Lunatic asylums Bombay report 1878-1890 - 1878-1890
Year: 1878
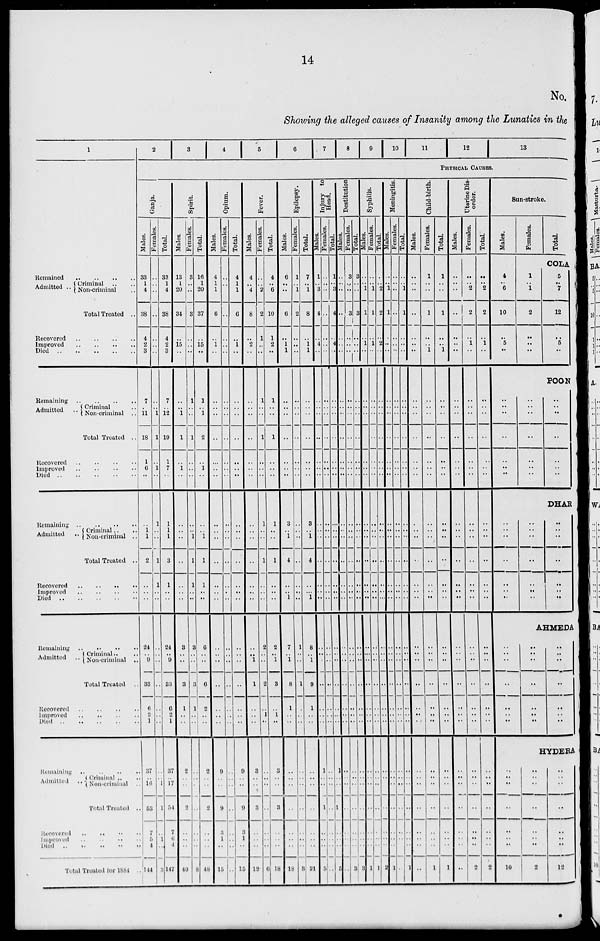
14
No.
Showing the alleged causes of Insanity among the Lunatics in the
1
Remained
..
..
..
..
Admitted .. Criminal .. ..
Non-criminal ..
Total Treated ..
Recovered
..
..
..
..
Improved .. .. .. ..
Died
..
..
..
..
..
Remaining
..
..
..
..
Admitted ..
Criminal ..
Non-criminal ..
Total Treated ..
Recovered
..
..
..
..
Improved .. .. .. ..
Died
..
..
..
..
..
Remaining .. .. .. ..
Admitted ..
Criminal .. ..
Non-criminal ..
Total Treated ..
Recovered .. .. .. ..
Improved
..
..
..
..
Died .. .. .. .. ..
Remaining
..
..
..
Admitted ..
Criminal .. ..
Non-criminal ..
Total Treated ..
Recovered .. .. .. ..
Improved .. .. .. ..
Died .. .. .. .. ..
Remaining .. .. .. ..
Admitted ..
Criminal .. ..
Non-criminal ..
Total Treated ..
Recovered .. .. .. ..
Improved .. .. .. ..
Died
..
..
..
..
..
Total Treated for 1884 ..
2
3
4
5
6
7
8
9
10
11
12
13
PHYSICAL CAUSES.
Ganja.
Males.
33
1
4
38
4
2
3
7
..
11
18
1
6
..
..
1 1
2
..
..
..
24
.. 9
33
6
2
1
37
.. 16
53
7
5
4
144
Females.
..
..
..
..
..
..
..
..
..
1
1
.. 1
..
1
..
..
1
1
..
..
..
..
..
..
..
..
..
..
.. 1
1
..
1
..
3
Total.
33
1
4
38
4
2
3
7
..
12
19
1
7
..
1
1
1
3
1
..
..
24
..
9
33
6
2
1
37
.. 17
54
7
6
4
147
Spirit.
Males.
13
1
20
34
..
15
..
..
..
1
1
..
1
..
..
..
..
..
..
..
..
3
..
..
3
1
..
..
2
..
..
2
..
..
..
40
Females.
3
..
..
3
..
..
..
1
..
..
1
..
..
..
..
..
1
1
1
..
..
3
..
..
3
1
..
..
..
..
..
..
..
..
..
8
Total.
16
1
20
37
..
15
..
1
..
1
2
..
1
..
..
..
1
1
1
..
..
6
..
..
6
2
..
..
2
..
..
2
..
..
..
48
Opium.
Males.
4
1
1
6
..
1
..
..
..
..
..
..
..
..
..
..
..
..
..
..
..
..
..
..
..
..
..
9
..
..
9
3
1
..
15
Females.
..
..
..
..
..
..
..
..
..
..
..
..
..
..
..
..
..
..
..
..
..
..
..
..
..
..
..
..
..
..
..
..
..
..
..
..
Total.
4
1
1
6
..
1
..
..
..
..
..
..
..
..
..
..
..
..
..
..
..
..
..
..
..
..
..
..
9
..
..
9
..
1
..
15
Fever.
Males.
4
..
4
8
..
2
..
..
..
..
..
..
..
..
..
..
..
..
..
..
..
..
..
1
1
..
..
..
3
..
..
3
..
..
..
12
Females.
..
..
2
2
1
..
..
1
..
..
1
..
..
..
1
..
..
1
..
..
..
2
.. ..
2
..
1
..
..
..
..
..
..
..
..
6
Total.
4
..
6
10
1
2
..
1
..
..
1
..
..
..
1
..
..
1
..
..
..
2
..
1
3
..
1
..
3
..
..
3
..
..
..
18
Epilepsy.
Males.
6
..
..
6
..
1
1
..
..
..
..
..
..
..
3
.. 1
4
..
..
1
7
..
1
8
1
..
..
..
..
..
..
..
..
..
18
Females.
1
..
1
2
..
..
..
..
..
..
..
..
..
..
..
..
..
..
..
..
..
1
.. ..
1
..
..
..
..
..
..
..
..
..
..
3
Total.
7
..
1
8
..
1
..
..
..
..
..
..
..
..
3
.. 1
4
..
..
1
8
..
1
9
1
..
..
..
..
..
..
..
..
..
21
Injury to
Head.
Males.
1
..
3
4
..
4
..
..
..
..
..
..
..
..
..
..
..
..
..
..
..
..
..
..
..
..
..
..
1
..
..
1
..
..
..
5
Females.
..
..
..
..
..
..
..
..
..
..
..
..
..
..
..
..
..
..
..
..
..
..
..
..
..
..
..
..
..
..
..
..
..
..
..
..
Total.
1
..
3
4
..
4
..
..
..
..
..
..
..
..
..
..
..
..
..
..
..
..
..
..
..
..
..
..
1
..
..
1
..
..
..
5
Destitution.
Males.
..
..
..
..
..
..
..
..
..
..
..
..
..
..
..
..
..
..
..
..
..
..
..
..
..
..
..
..
..
..
..
..
..
..
..
..
Females.
3
..
..
3
..
..
..
..
..
..
..
..
..
..
..
..
..
..
..
..
..
..
..
..
..
..
..
..
..
..
..
..
..
..
..
3
Total.
3
..
..
3
..
..
..
..
..
..
..
..
..
..
..
..
..
..
..
..
..
..
..
..
..
..
..
..
..
..
..
..
..
..
..
..
Syphilis.
Males.
..
..
1
1
..
1 ..
..
..
..
..
..
..
..
..
..
..
..
..
..
..
..
..
.. ..
..
..
..
..
..
..
..
..
..
..
1
Females.
..
..
1
1
..
1
..
..
..
..
..
..
..
..
..
..
..
..
..
..
..
..
..
..
..
..
..
..
..
..
..
..
..
..
..
1
Total.
..
..
2
2
..
2
..
..
..
..
..
..
..
..
..
..
..
..
..
..
..
..
..
..
..
..
..
..
..
..
..
..
..
..
..
2
Meningitis.
Males.
..
..
1
1
..
..
..
..
..
..
..
..
..
..
..
..
..
..
..
..
..
..
..
..
..
..
..
..
..
..
..
..
..
..
..
1
Females.
..
..
..
..
..
..
..
..
..
..
..
..
..
..
..
..
..
..
..
..
..
..
..
..
..
..
..
..
..
..
..
..
..
..
..
..
Total.
..
..
1
1
..
..
..
..
..
..
..
..
..
..
..
..
..
..
..
..
..
..
..
..
..
..
..
..
..
..
..
..
..
..
..
1
Child-birth.
Males.
..
..
..
..
..
..
..
..
..
..
..
..
..
..
..
..
..
..
..
..
..
..
..
..
..
..
..
..
..
..
..
..
..
..
..
..
Females.
1
..
..
1
..
..
1
..
..
..
..
..
..
..
..
..
..
..
..
..
..
..
..
..
..
..
..
..
..
..
..
..
..
..
..
1
Total.
1
..
..
1
..
..
1
..
..
..
..
..
..
..
..
..
..
..
..
..
..
..
..
..
..
..
..
..
..
..
..
..
..
..
..
1
Uterine Dis-
order.
Males.
..
..
..
..
..
..
..
..
..
..
..
..
..
..
..
..
..
..
..
..
..
..
..
..
..
..
..
..
..
..
..
..
..
..
..
..
Females.
..
..
2
2
..
1
..
..
..
..
..
..
..
..
..
..
..
..
..
..
..
..
..
..
..
..
..
..
..
..
..
..
..
..
..
2
Total.
..
..
2
2
..
1
..
..
..
..
..
..
..
..
..
..
..
..
..
..
..
..
..
..
..
..
..
..
..
..
..
..
..
..
..
2
Sun-stroke.
Males.
4
..
6
10
..
5
..
Females.
Total.
COLA
1
..
1
2
..
..
..
5
..
7
12
..
5
..
POON
..
..
..
..
..
..
..
..
..
..
..
..
..
..
..
..
..
..
..
..
..
..
..
..
..
..
..
..
..
..
..
..
..
..
..
DHAR
..
..
..
..
..
..
..
AHMEDA
..
..
..
..
..
..
..
..
..
..
..
..
..
..
..
..
..
..
..
..
..
HYDERA
..
..
..
..
..
..
..
1
..
..
..
..
..
..
..
2
..
..
..
..
..
..
..
12